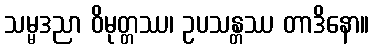
သမ္မဒညာ ဝိမုတ္တဿ၊ ဥပသန္တဿ တာဒိနော။